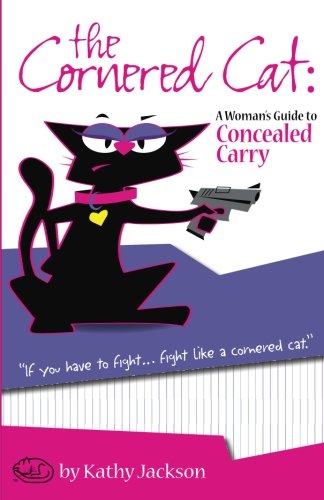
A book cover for The Cornered Cat: A Woman's Guide to Concealed Carry; Kathy Jackson; Health, Fitness & Dieting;